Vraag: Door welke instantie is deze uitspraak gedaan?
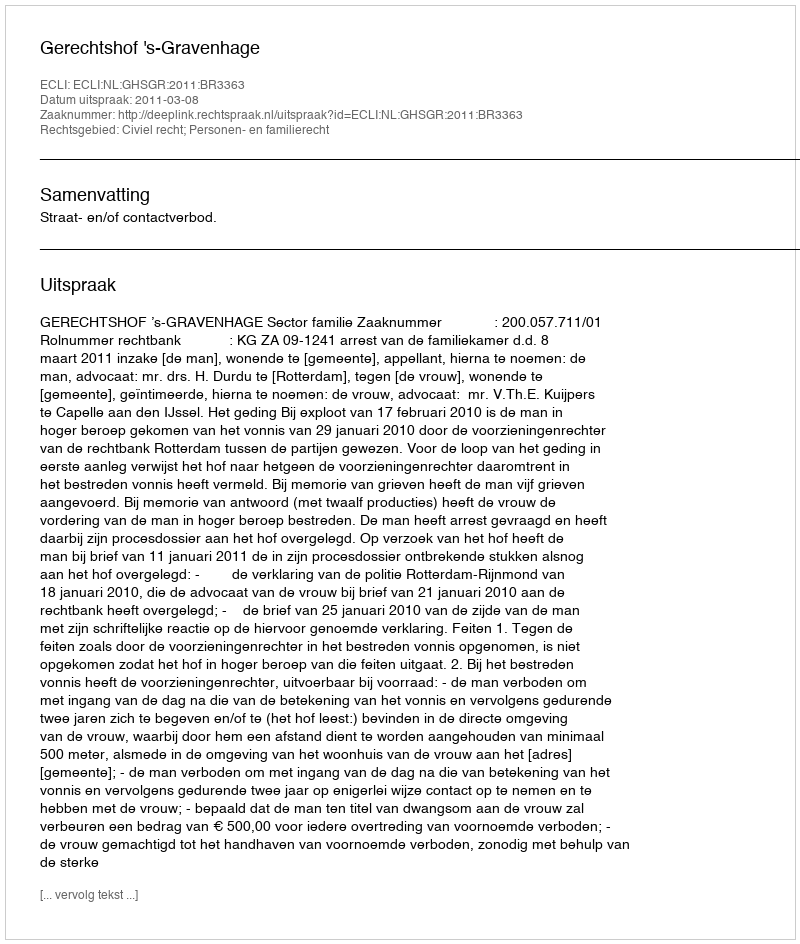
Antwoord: Gerechtshof 's-Gravenhage